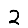
Digit: 2